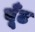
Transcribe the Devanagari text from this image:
बूँट